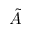
\tilde { A }